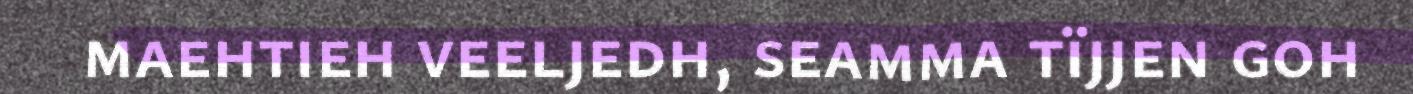
maehtieh veeljedh, seamma tïjjen goh